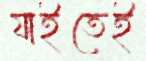
যাইতেই